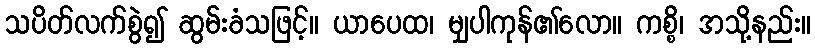
သပိတ်လက်စွဲ၍ ဆွမ်းခံသဖြင့်။ ယာပေထ၊ မျှပါကုန်၏လော။ ကစ္စိ၊ အသို့နည်း။